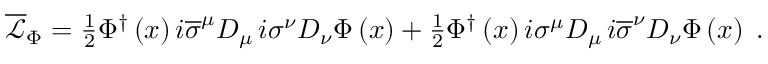
\begin{array} { r } { \overline { { \mathcal { L } } } _ { \Phi } = \frac { 1 } { 2 } \Phi ^ { \dag } \left( x \right) i \overline { { \sigma } } ^ { \mu } D _ { \mu } \, i \sigma ^ { \nu } D _ { \nu } \Phi \left( x \right) + \frac { 1 } { 2 } \Phi ^ { \dag } \left( x \right) i \sigma ^ { \mu } D _ { \mu } \, i \overline { { \sigma } } ^ { \nu } D _ { \nu } \Phi \left( x \right) \; . } \end{array}